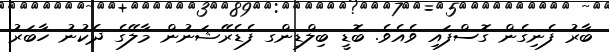
ބާރު ފެނިގެން ގޮސްފައި ވެއެވެ. ބޮޑީ ބިލްޑިންގ ފެޑެރޭޝަނުން މާލޭގެ ދެކުނު ހާބަރު